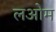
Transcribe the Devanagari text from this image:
लओम